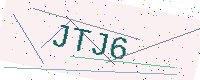
Text: JTJ6